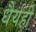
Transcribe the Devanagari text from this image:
धैर्यही